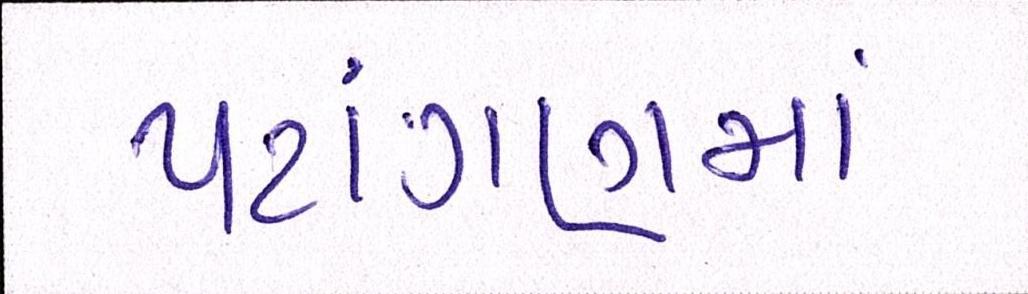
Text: પટાંગણમાં